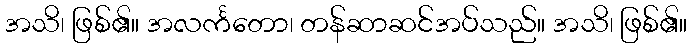
အသိ၊ ဖြစ်၏။ အလင်္ကတော၊ တန်ဆာဆင်အပ်သည်။ အသိ၊ ဖြစ်၏။